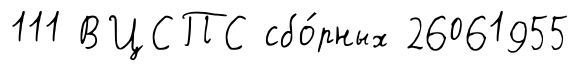
111 ВЦСПС сбо́рных 26061955